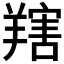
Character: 𦎱